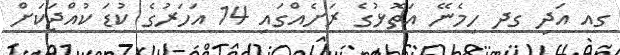
ގއ އަދި ގދ ހިމެނޭ އަތޮޅުގެ ރަށެއްގައި 14 އަހަރުގެ ކުޑަ ކުއްޖަކަށް